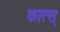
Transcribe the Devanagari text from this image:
कात्स्